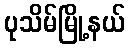
ပုသိမ်မြို့နယ်